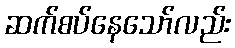
ဆက်စပ်နေသော်လည်း